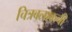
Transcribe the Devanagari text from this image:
चित्रबलाकची